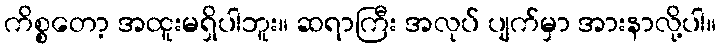
ကိစ္စတော့ အထူးမရှိပါဘူး။ ဆရာကြီး အလုပ် ပျက်မှာ အားနာလို့ပါ။